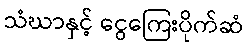
သံဃာနှင့် ငွေကြေးပိုက်ဆံ